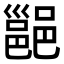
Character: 𮠅